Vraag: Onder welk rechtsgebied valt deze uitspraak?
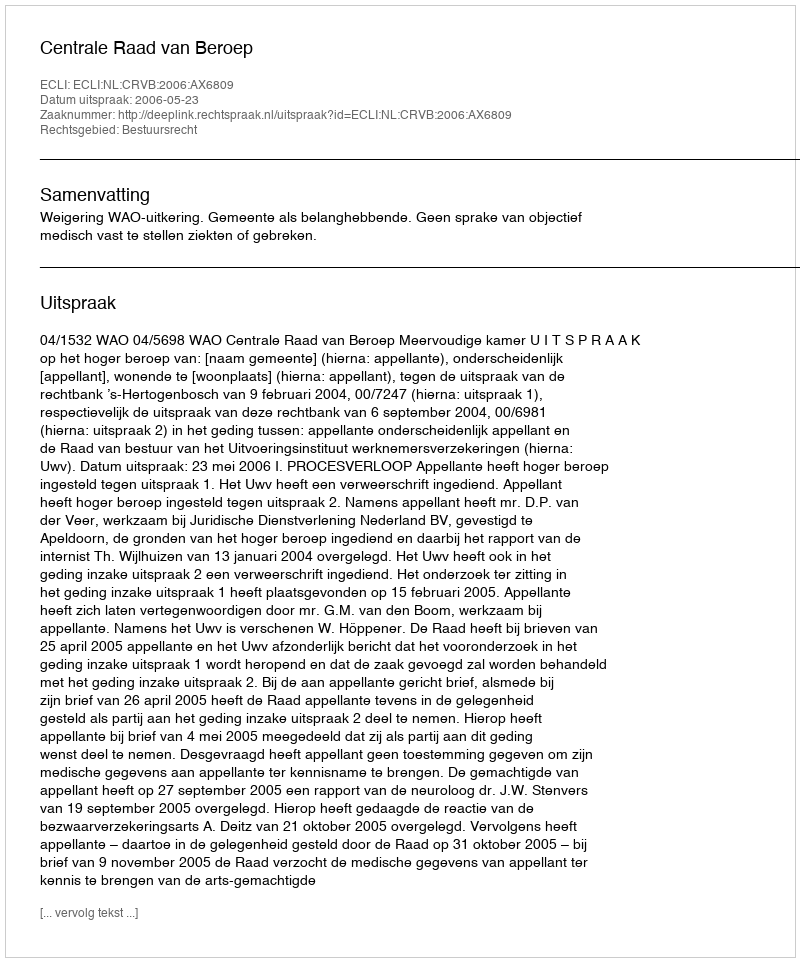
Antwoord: Bestuursrecht